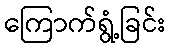
ကြောက်ရွံ့ခြင်း